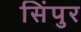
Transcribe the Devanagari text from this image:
सिंपुर